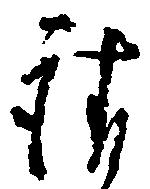
請